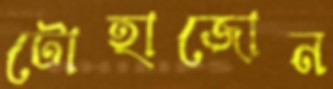
টোহাজোন